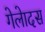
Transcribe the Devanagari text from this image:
गेलेादस